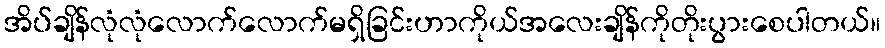
အိပ်ချိန်လုံလုံလောက်လောက်မရှိခြင်းဟာကိုယ်အလေးချိန်ကိုတိုးပွားစေပါတယ်။